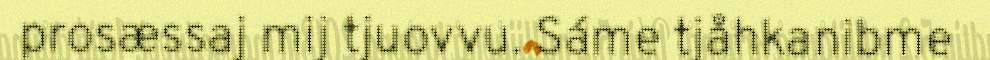
prosæssaj mij tjuovvu. Sáme tjåhkanibme